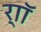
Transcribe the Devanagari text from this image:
र्‍ाॉ